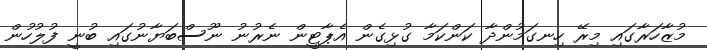
މުޒާހަރާގައި މިރޭ ހިނގަމުންދާ ކަންކަމާ ގުޅިގެން އެޕާޓީން ނެރުނު ނޫސްބަޔާނުގައި ބުނީ ފުލުހުން